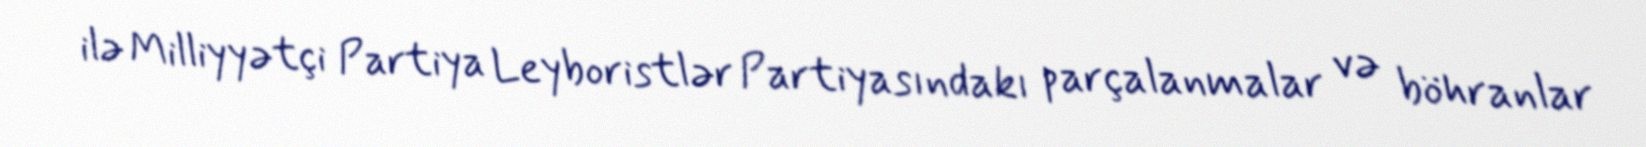
ilə Milliyyətçi Partiya Leyboristlər Partiyasındakı parçalanmalar və böhranlar